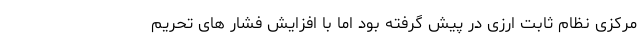
مرکزی نظام ثابت ارزی در پیش گرفته بود اما با افزایش فشار های تحریم